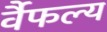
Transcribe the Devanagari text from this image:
र्वैफल्य